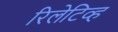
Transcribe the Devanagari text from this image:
रिलेटिव्ह